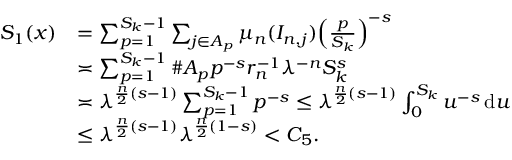
\begin{array} { r l } { S _ { 1 } ( x ) } & { = \sum _ { p = 1 } ^ { S _ { k } - 1 } \sum _ { j \in A _ { p } } \mu _ { n } ( I _ { n , j } ) \Bigl ( \frac { p } { S _ { k } } \Bigr ) ^ { - s } } \\ & { \asymp \sum _ { p = 1 } ^ { S _ { k } - 1 } \# A _ { p } p ^ { - s } r _ { n } ^ { - 1 } \lambda ^ { - n } S _ { k } ^ { s } } \\ & { \asymp \lambda ^ { \frac { n } { 2 } ( s - 1 ) } \sum _ { p = 1 } ^ { S _ { k } - 1 } p ^ { - s } \le \lambda ^ { \frac { n } { 2 } ( s - 1 ) } \int _ { 0 } ^ { S _ { k } } u ^ { - s } \, \mathrm { d } u } \\ & { \le \lambda ^ { \frac { n } { 2 } ( s - 1 ) } \lambda ^ { \frac { n } { 2 } ( 1 - s ) } < C _ { 5 } . } \end{array}